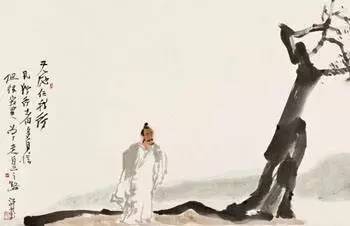
尊严而惮，可以为师